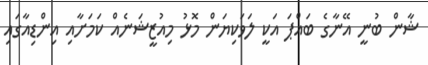
ޝާން ބުނީ އޭނާގެ ބައްޕަ އަކީ ލަވަކިޔަން މޮޅު މިއުޒީޝަނެއް ކަމަށާއި އިންޑިއާގައި